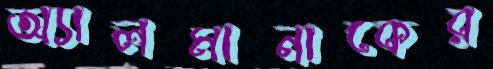
অ্যালমানাকের